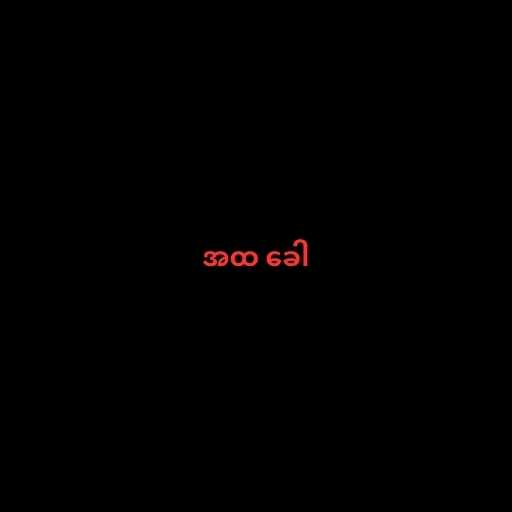
အထ ခေါ